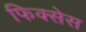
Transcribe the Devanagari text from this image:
फिक्सेस